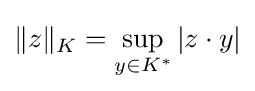
\|z\|_{K}=\displaystyle \sup _{y\in K^{*}}|z\cdot y|